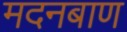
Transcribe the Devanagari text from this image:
मदनबाण